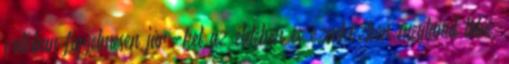
valóban figyelmesen jár-kel az életében és ezenközben megtanul látni,